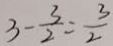
3 - \frac { 3 } { 2 } = \frac { 3 } { 2 }